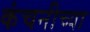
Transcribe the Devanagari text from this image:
कंचनीच्या